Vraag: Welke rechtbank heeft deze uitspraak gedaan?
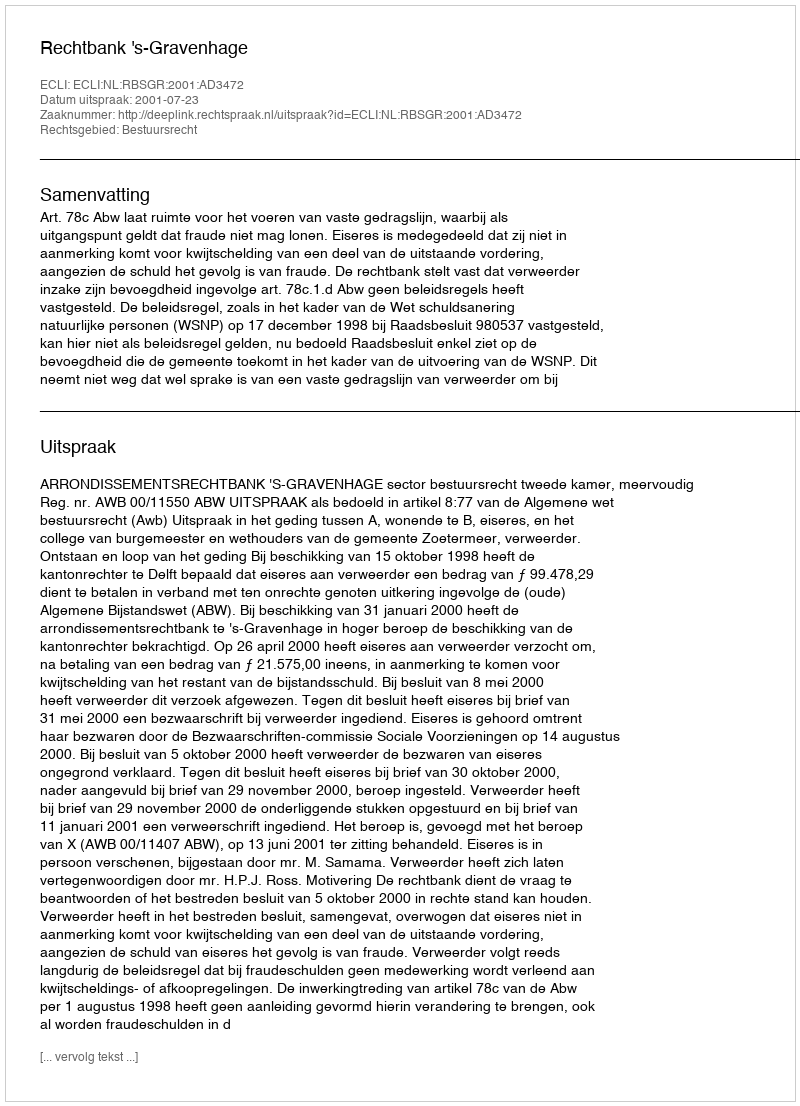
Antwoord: Rechtbank 's-Gravenhage